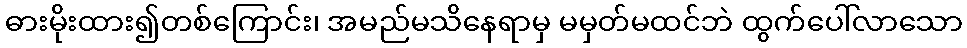
ဓားမိုးထား၍တစ်ကြောင်း၊ အမည်မသိနေရာမှ မမှတ်မထင်ဘဲ ထွက်ပေါ်လာသော